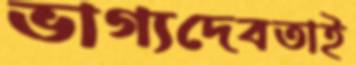
ভাগ্যদেবতাই